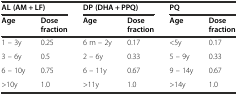
<table><thead><tr><td colspan="2"><b>AL (AM + LF)</b></td><td colspan="2"><b>DP (DHA + PPQ)</b></td><td colspan="2"><b>PQ</b></td></tr><tr><td><b>Age</b></td><td><b>Dose fraction</b></td><td><b>Age</b></td><td><b>Dose fraction</b></td><td><b>Age</b></td><td><b>Dose fraction</b></td></tr></thead><tbody><tr><td>1 – 3y</td><td>0.25</td><td>6 m – 2y</td><td>0.17</td><td>&lt;5y</td><td>0.17</td></tr><tr><td>3 – 6y</td><td>0.5</td><td>2 – 6y</td><td>0.33</td><td>5 – 9y</td><td>0.33</td></tr><tr><td>6 – 10y</td><td>0.75</td><td>6 – 11y</td><td>0.67</td><td>9 – 14y</td><td>0.67</td></tr><tr><td>&gt;10y</td><td>1.0</td><td>&gt;11y</td><td>1.0</td><td>&gt;14y</td><td>1.0</td></tr></tbody></table>